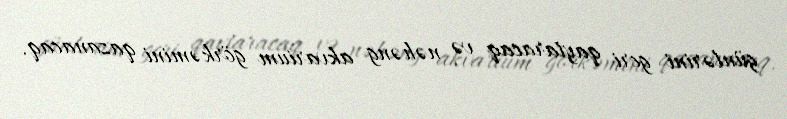
günlərini geri qaytaracaq və nəhəng akvarium görkəmini qazanacaq.